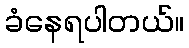
ခံနေရပါတယ်။